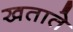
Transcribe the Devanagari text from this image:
खताते